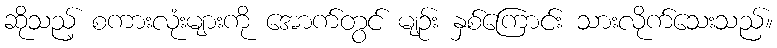
ဆိုသည့် စကားလုံးများကို အောက်တွင် မျဉ်း နှစ်ကြောင်း သားလိုက်သေးသည်။